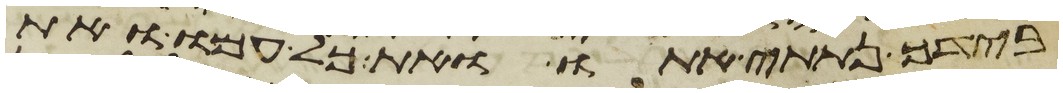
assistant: בידך נתתי אתו ואת כל עמו ואת